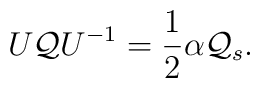
U{\cal Q}U^{-1}={1\over 2}\alpha{\cal Q}_s.